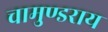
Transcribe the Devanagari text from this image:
चामुण्डराय